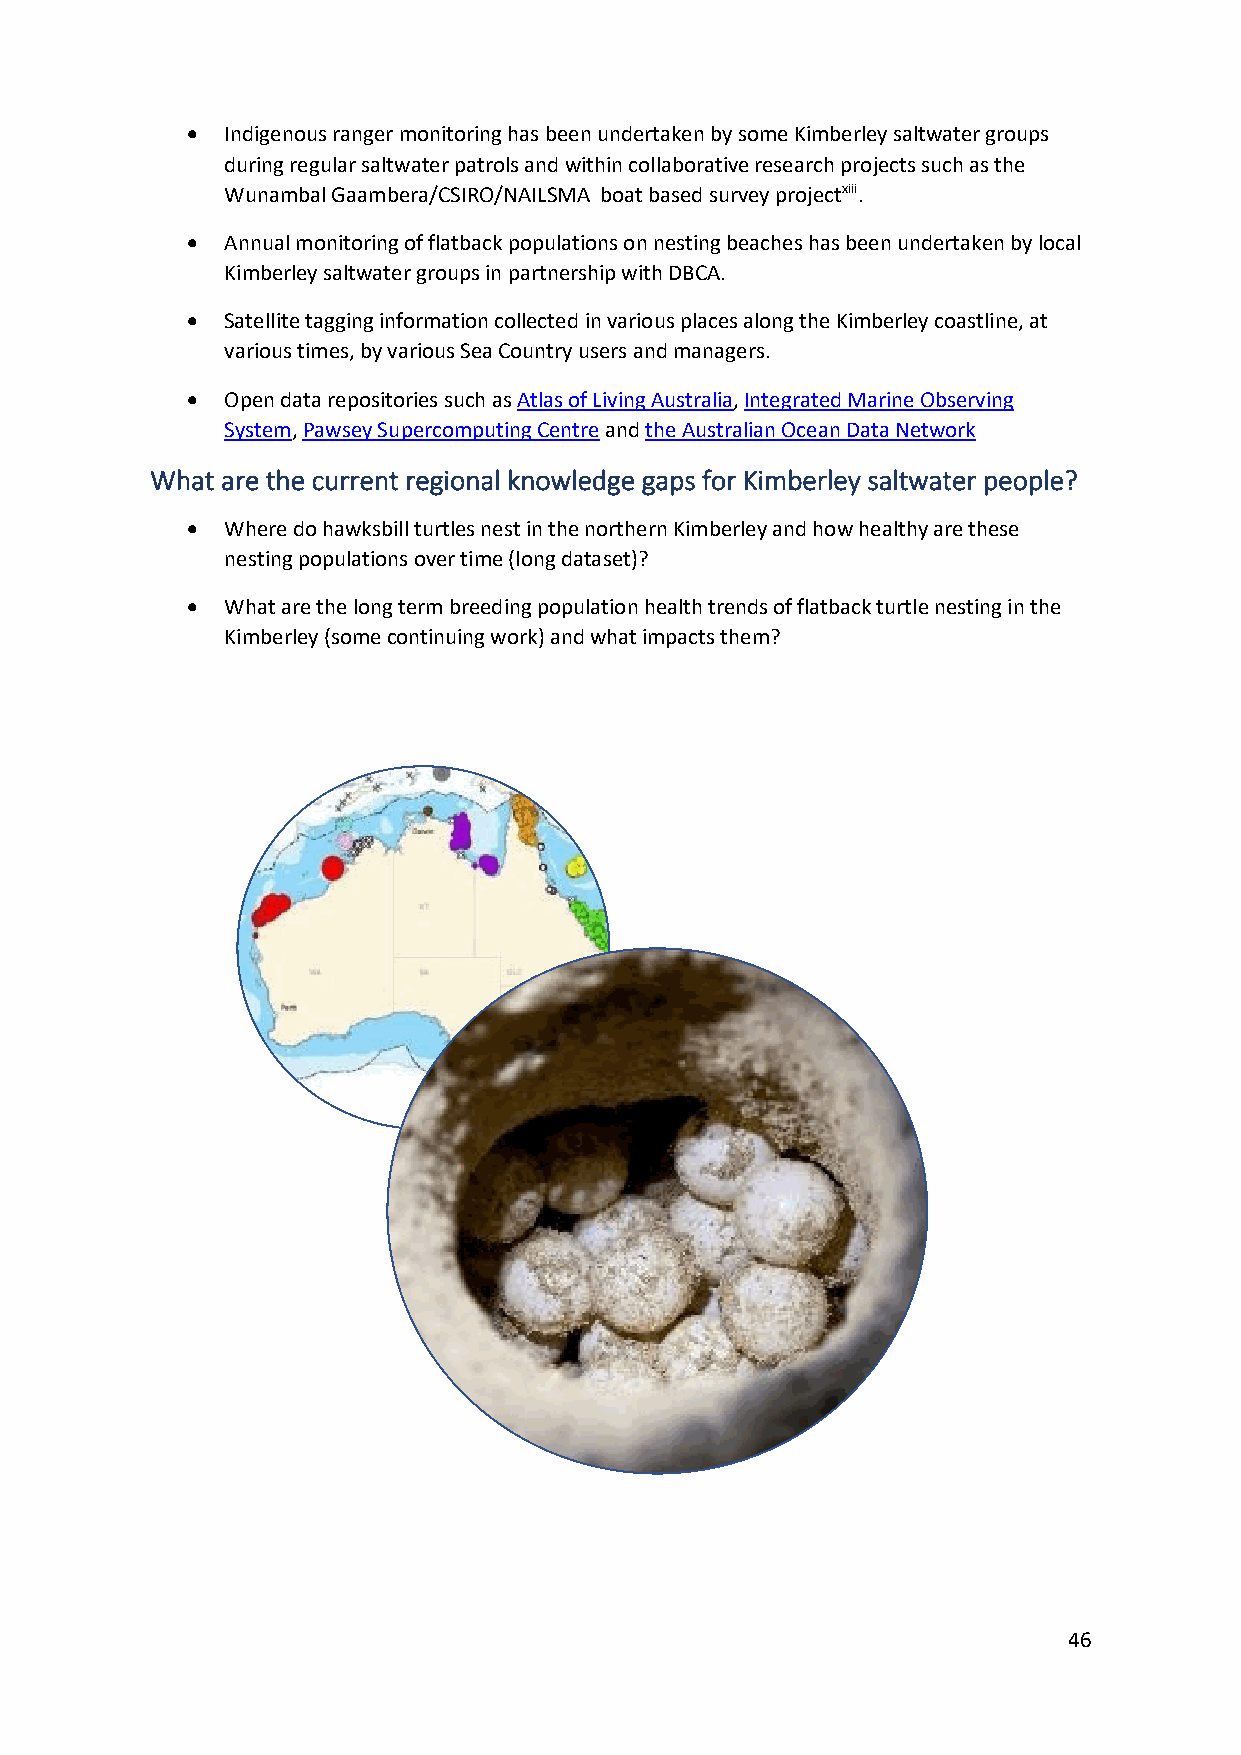
•  Indigenous ranger monitoring has been undertaken by some Kimberley saltwater groups
 during regular saltwater patrols and within collaborative research projects such as the
 Wunambal Gaambera/CSIRO/NAILSMA boat based survey projectxiii.
 •  Annual monitoring of flatback populations on nesting beaches has been undertaken by local
 Kimberley saltwater groups in partnership with DBCA.
 •  Satellite tagging information collected in various places along the Kimberley coastline, at
 various times, by various Sea Country users and managers.
 •  Open data repositories such as Atlas of Living Australia, Integrated Marine Observing
 System, Pawsey Supercomputing Centre and the Australian Ocean Data Network
 What are the current regional knowledge gaps for Kimberley saltwater people?
 •  Where do hawksbill turtles nest in the northern Kimberley and how healthy are these
 nesting populations over time (long dataset)?
 •  What are the long term breeding population health trends of flatback turtle nesting in the
 Kimberley (some continuing work) and what impacts them?
 46